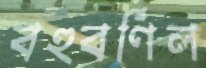
বহুবর্ণিল